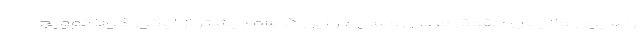
راسیون والیبال حقوق مربی روسی در این ۵ ماه بیشتر از ایگور کولاکوویچ